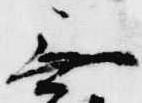
無